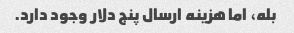
بله، اما هزینه ارسال پنج دلار وجود دارد.